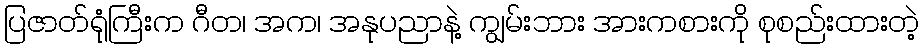
ပြဇာတ်ရုံကြီးက ဂီတ၊ အက၊ အနုပညာနဲ့ ကျွမ်းဘား အားကစားကို စုစည်းထားတဲ့